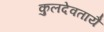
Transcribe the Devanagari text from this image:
कुलदेवतायै